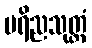
ပရိညသုတ္တံ